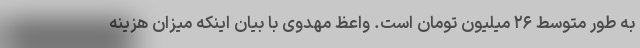
به طور متوسط ۲۶ میلیون تومان است. واعظ مهدوی با بیان اینکه میزان هزینه